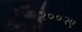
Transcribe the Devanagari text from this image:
२००२ए